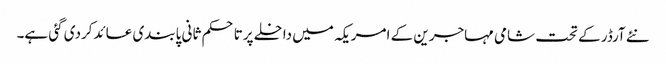
نئے آرڈر کے تحت شامی مہاجرین کے امریکہ میں داخلے پرتاحکم ثانی پابندی عائدکردی گئی ہے۔